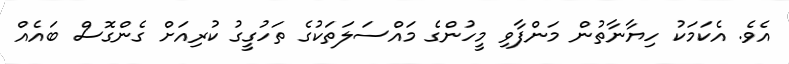
އެވެ. އެކަމަކު ހިޔާނާތުން މަންފާވި މީހުންގެ މައްސަލަތަކުގެ ތަހުގީގު ކުރިއަށް ގެންގޮސް ބައެއް